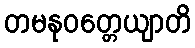
တမနုဝတ္တေယျာတိ